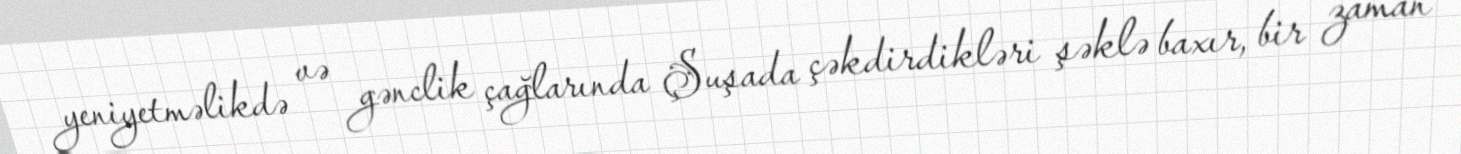
yeniyetməlikdə və gənclik çağlarında Şuşada çəkdirdikləri şəklə baxır, bir zaman